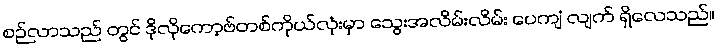
စဉ်လာသည် တွင် ဒိုလိုကော့ဗ်တစ်ကိုယ်လုံးမှာ သွေးအလိမ်းလိမ်း ပေကျံ လျက် ရှိလေသည်။